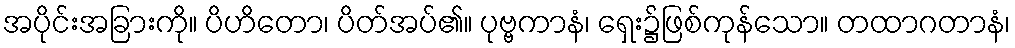
အပိုင်းအခြားကို။ ပိဟိတော၊ ပိတ်အပ်၏။ ပုဗ္ဗကာနံ၊ ရှေး၌ဖြစ်ကုန်သော။ တထာဂတာနံ၊